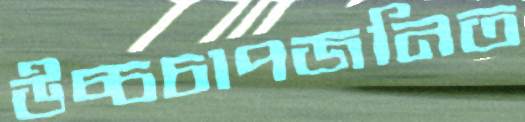
উচ্চচাপজনিত